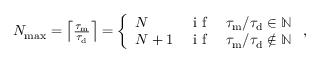
\begin{array} { r } { N _ { \mathrm { m a x } } = \left\lceil \frac { \tau _ { \mathrm { m } } } { \tau _ { \mathrm { d } } } \right\rceil = \left\{ \begin{array} { l c l } { N } & { \textrm { i f } } & { \tau _ { \mathrm { m } } / \tau _ { \mathrm { d } } \in \mathbb { N } } \\ { N + 1 } & { \textrm { i f } } & { \tau _ { \mathrm { m } } / \tau _ { \mathrm { d } } \notin \mathbb { N } } \end{array} \right. , } \end{array}